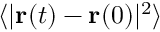
\langle | { \mathbf { r } } ( t ) - { \mathbf { r } } ( 0 ) | ^ { 2 } \rangle